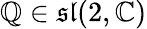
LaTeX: \mathbb{Q}\in{\mathfrak{{sl}}}(2,\mathbb{{C}})